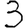
Digit: 3